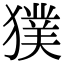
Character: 獛